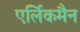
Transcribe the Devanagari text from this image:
एर्लिकमैन